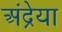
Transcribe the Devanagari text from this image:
अंद्रेया